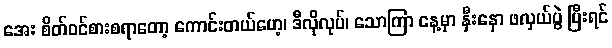
အေး စိတ်ဝင်စားစရာတော့ ကောင်းတယ်ဟေ့၊ ဒီလိုလုပ်၊ သောကြာ နေ့မှာ နှီးနှော ဖလှယ်ပွဲ ပြီးရင်